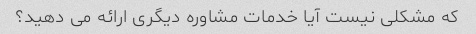
که مشکلی نیست آیا خدمات مشاوره دیگری ارائه می دهید؟